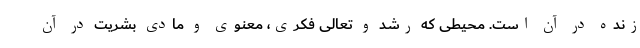
زنده در آن است. محیطی که رشد و تعالی فکری، معنوی و مادی بشریت در آن